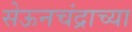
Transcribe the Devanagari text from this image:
सेऊनचंद्राच्या